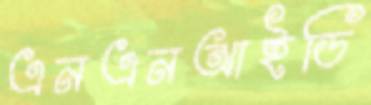
এনএনআইডি